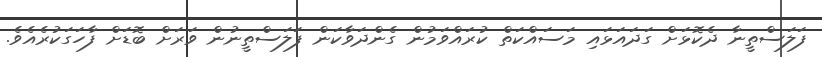
ފަލަސްތީނާ ދެކޮޅަށް ގަދައަޅައި މަސައްކަތް ކުރައްވަމުން ގެންދަވާކަން ފަލަސްތީނުން ވަރަށް ބޮޑަށް ފާހަގަކުރެއެވެ.